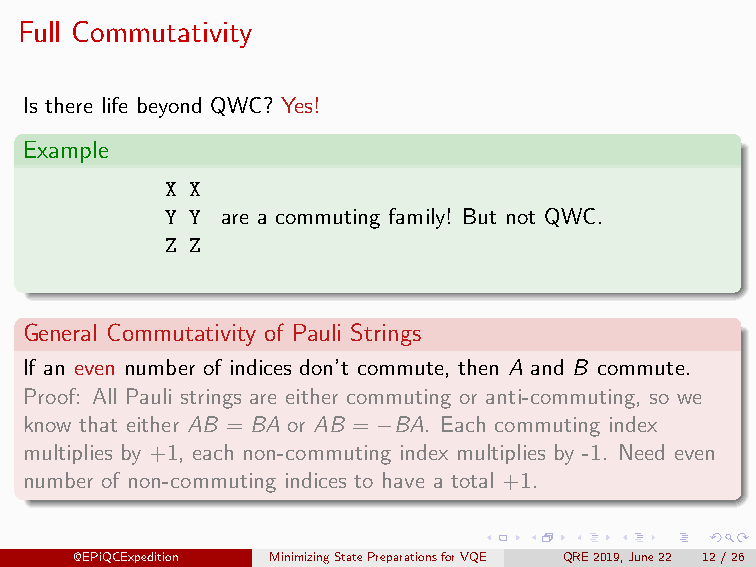
Full Commutativity
 Is there life beyond QWC? Yes!
 Example
 X X
 Y Y are a commuting family! But not QWC.
 Z Z
 General Commutativity of Pauli Strings
 If an even number of indices don’t commute, then A and B commute.
 Proof: All Pauli strings are either commuting or anti-commuting, so we
 know that either AB = BA or AB = −BA. Each commuting index
 multiplies by +1, each non-commuting index multiplies by -1. Need even
 number of non-commuting indices to have a total +1.
 @EPiQCExpedition MinimizingStatePreparationsforVQE QRE2019,June22 12/26